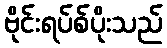
ဗိုင်းရပ်စ်ပိုးသည်